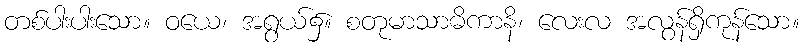
တစ်ပါးပါးသော။ ဝယေ၊ အရွယ်၌။ စတုမာသာဓိကာနိ၊ လေးလ အလွန်ရှိကုန်သော။